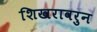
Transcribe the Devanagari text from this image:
शिखरावरुन